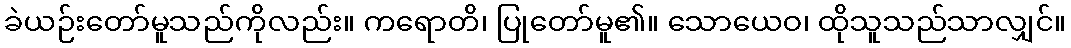
ခဲယဉ်းတော်မူသည်ကိုလည်း။ ကရောတိ၊ ပြုတော်မူ၏။ သောယေဝ၊ ထိုသူသည်သာလျှင်။